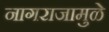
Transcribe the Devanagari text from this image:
नागराजामुळे